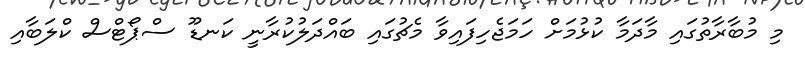
މި މުބާރާތުގައި މާދަމާ ކުޅުމަށް ހަމަޖެހިފައިވާ މެޗުގައި ބައްދަލުކުރާނީ ކަނޑޫ ސްޕޯޓްސް ކްލަބާއި